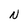
Character: N